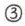
③